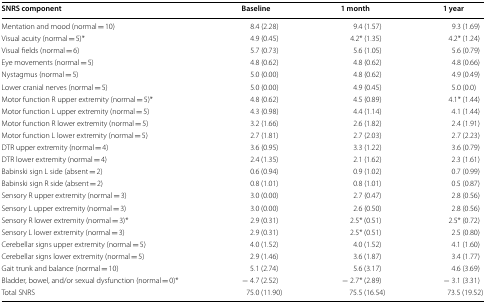
<table><thead><tr><td><b>SNRS component</b></td><td><b>Baseline</b></td><td><b>1 month</b></td><td><b>1 year</b></td></tr></thead><tbody><tr><td>Mentation and mood (normal = 10)</td><td>8.4 (2.28)</td><td>9.4 (1.57)</td><td>9.3 (1.69)</td></tr><tr><td>Visual acuity (normal = 5)*</td><td>4.9 (0.45)</td><td>4.2* (1.35)</td><td>4.2* (1.24)</td></tr><tr><td>Visual fields (normal = 6)</td><td>5.7 (0.73)</td><td>5.6 (1.05)</td><td>5.6 (0.79)</td></tr><tr><td>Eye movements (normal = 5)</td><td>4.8 (0.62)</td><td>4.8 (0.62)</td><td>4.8 (0.66)</td></tr><tr><td>Nystagmus (normal = 5)</td><td>5.0 (0.00)</td><td>4.8 (0.62)</td><td>4.9 (0.49)</td></tr><tr><td>Lower cranial nerves (normal = 5)</td><td>5.0 (0.00)</td><td>4.9 (0.45)</td><td>5.0 (0.0)</td></tr><tr><td>Motor function R upper extremity (normal = 5)*</td><td>4.8 (0.62)</td><td>4.5 (0.89)</td><td>4.1* (1.44)</td></tr><tr><td>Motor function L upper extremity (normal = 5)</td><td>4.3 (0.98)</td><td>4.4 (1.14)</td><td>4.1 (1.44)</td></tr><tr><td>Motor function R lower extremity (normal = 5)</td><td>3.2 (1.66)</td><td>2.6 (1.82)</td><td>2.4 (1.91)</td></tr><tr><td>Motor function L lower extremity (normal = 5)</td><td>2.7 (1.81)</td><td>2.7 (2.03)</td><td>2.7 (2.23)</td></tr><tr><td>DTR upper extremity (normal = 4)</td><td>3.6 (0.95)</td><td>3.3 (1.22)</td><td>3.6 (0.79)</td></tr><tr><td>DTR lower extremity (normal = 4)</td><td>2.4 (1.35)</td><td>2.1 (1.62)</td><td>2.3 (1.61)</td></tr><tr><td>Babinski sign L side (absent = 2)</td><td>0.6 (0.94)</td><td>0.9 (1.02)</td><td>0.7 (0.99)</td></tr><tr><td>Babinski sign R side (absent = 2)</td><td>0.8 (1.01)</td><td>0.8 (1.01)</td><td>0.5 (0.87)</td></tr><tr><td>Sensory R upper extremity (normal = 3)</td><td>3.0 (0.00)</td><td>2.7 (0.47)</td><td>2.8 (0.56)</td></tr><tr><td>Sensory L upper extremity (normal = 3)</td><td>3.0 (0.00)</td><td>2.6 (0.50)</td><td>2.8 (0.56)</td></tr><tr><td>Sensory R lower extremity (normal = 3)*</td><td>2.9 (0.31)</td><td>2.5* (0.51)</td><td>2.5* (0.72)</td></tr><tr><td>Sensory L lower extremity (normal = 3)</td><td>2.9 (0.31)</td><td>2.5* (0.51)</td><td>2.5 (0.80)</td></tr><tr><td>Cerebellar signs upper extremity (normal = 5)</td><td>4.0 (1.52)</td><td>4.0 (1.52)</td><td>4.1 (1.60)</td></tr><tr><td>Cerebellar signs lower extremity (normal = 5)</td><td>2.9 (1.46)</td><td>3.6 (1.87)</td><td>3.4 (1.77)</td></tr><tr><td>Gait trunk and balance (normal = 10)</td><td>5.1 (2.74)</td><td>5.6 (3.17)</td><td>4.6 (3.69)</td></tr><tr><td>Bladder, bowel, and/or sexual dysfunction (normal = 0)*</td><td>− 4.7 (2.52)</td><td>− 2.7* (2.89)</td><td>− 3.1 (3.31)</td></tr><tr><td>Total SNRS</td><td>75.0 (11.90)</td><td>75.5 (16.54)</td><td>73.5 (19.52)</td></tr></tbody></table>